Jaan_Tonisson_(Lasteleht), lk 98
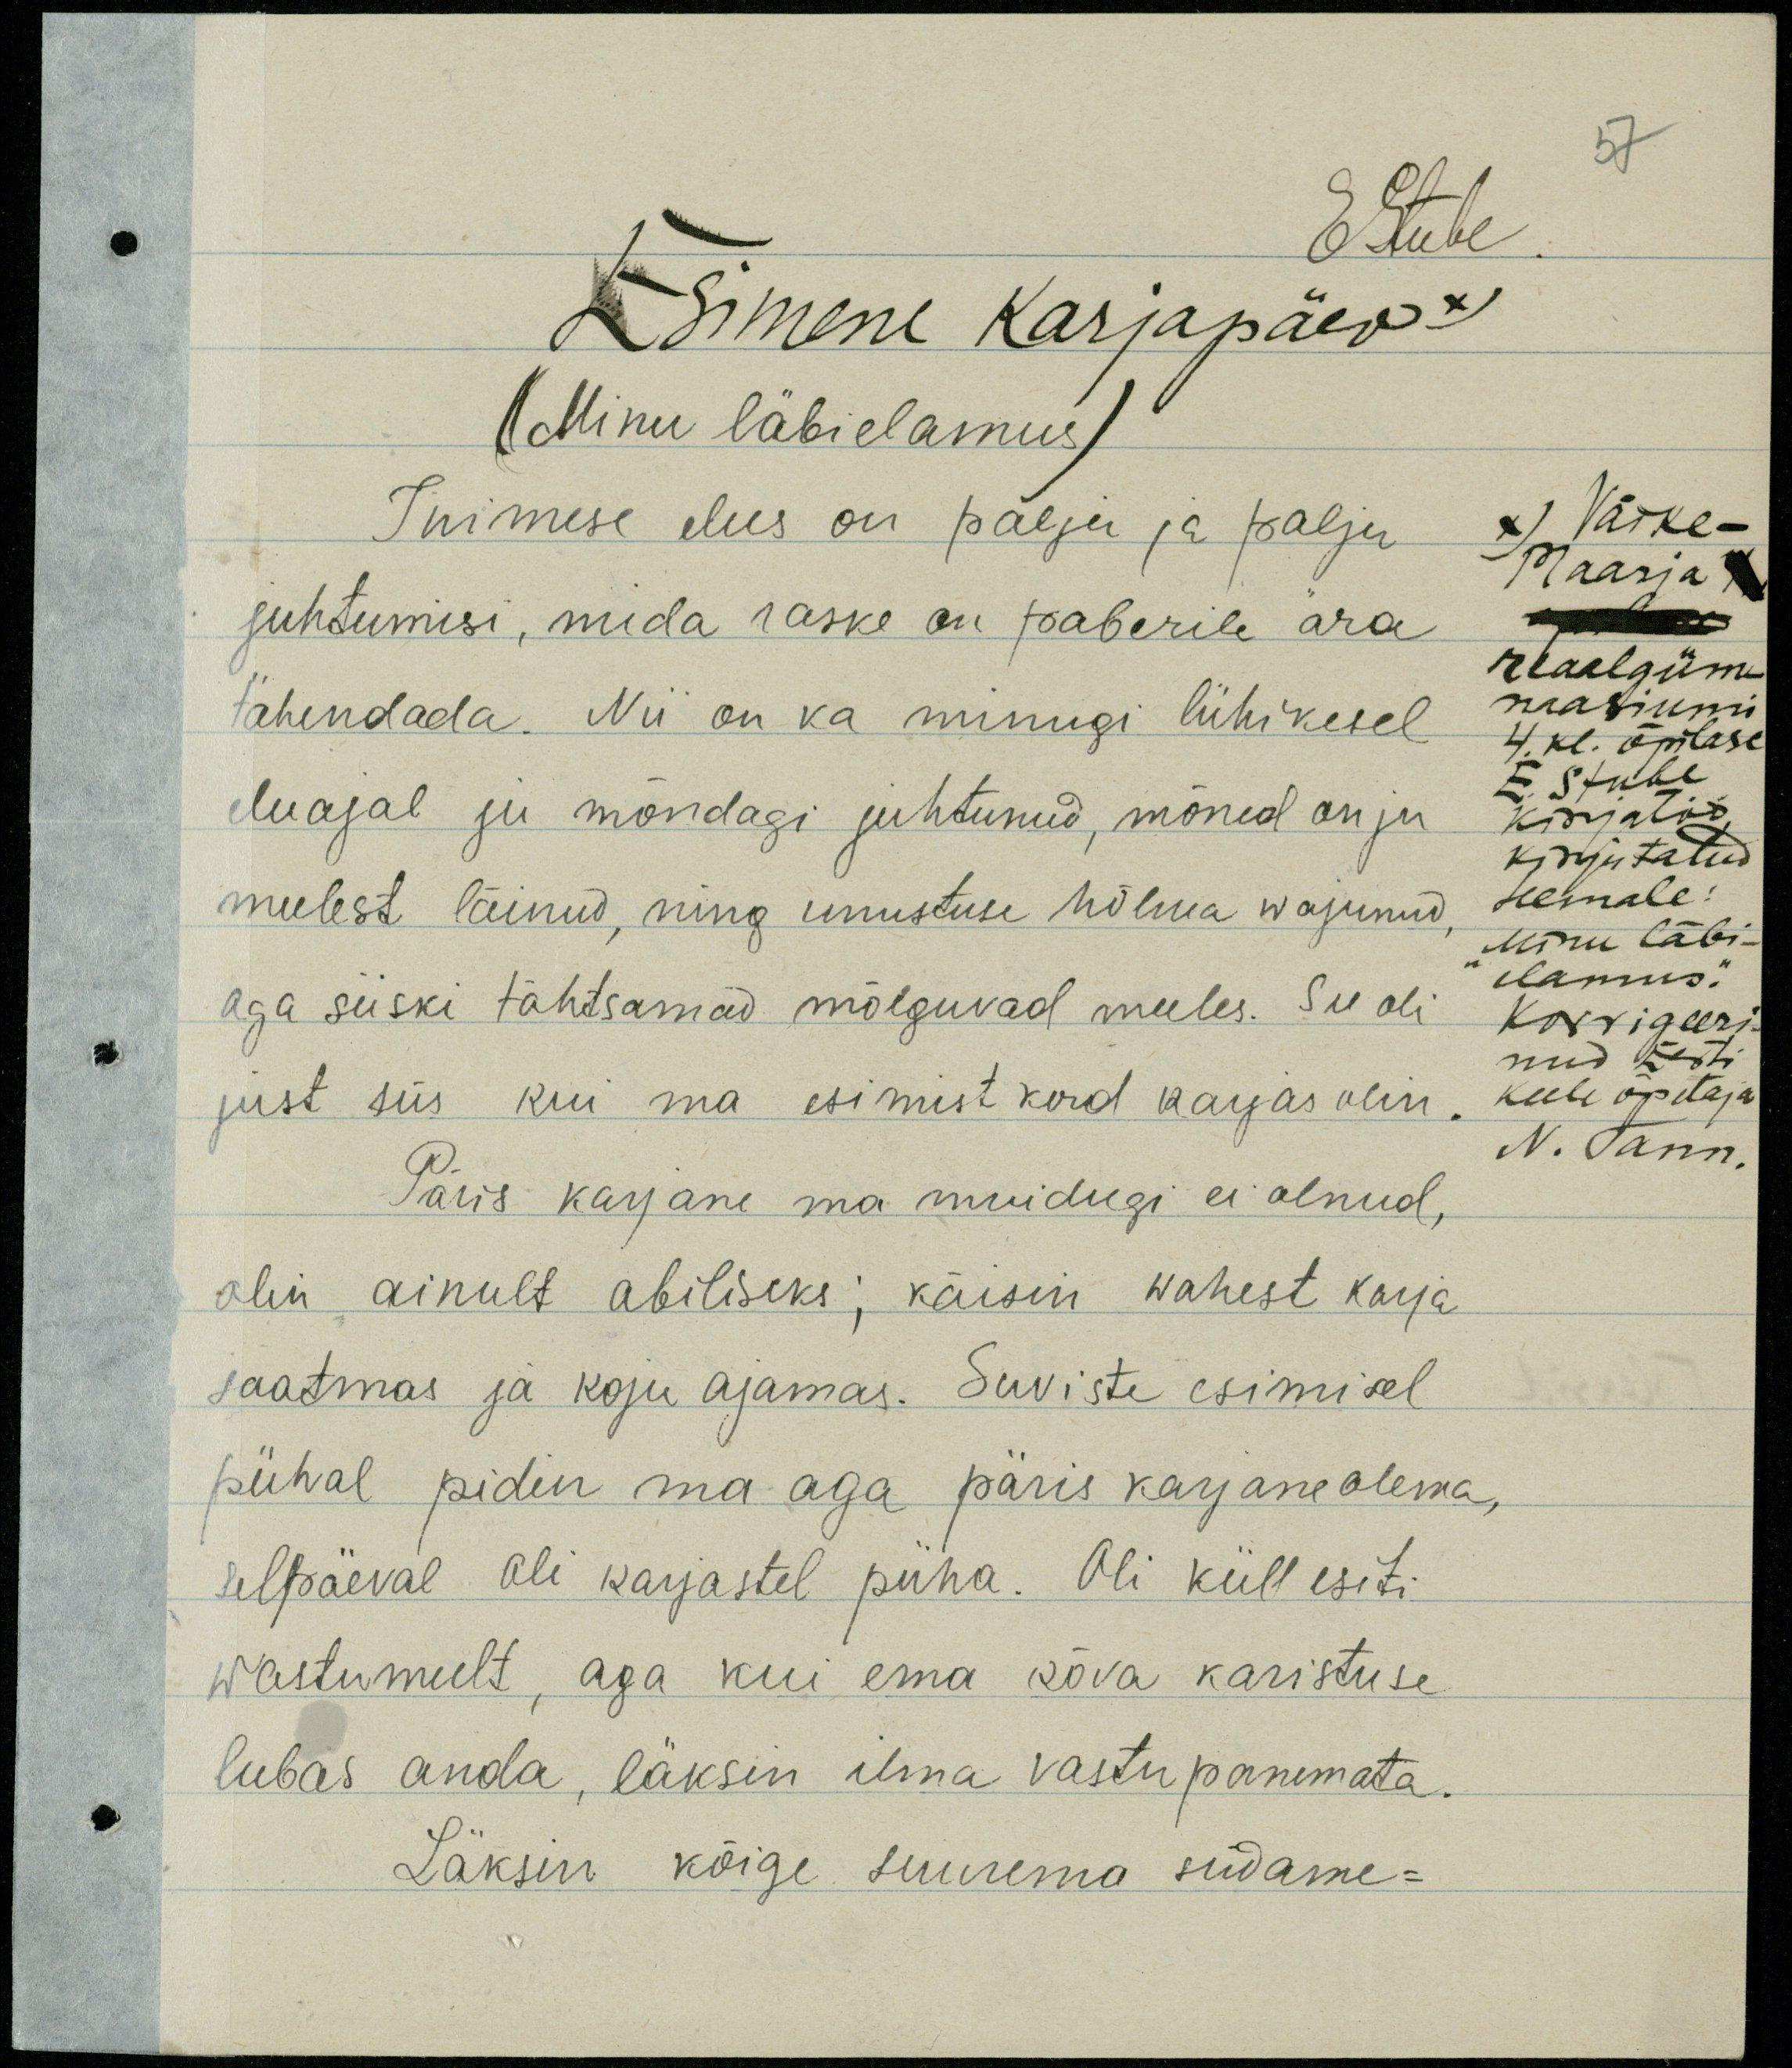
EStube
Esimene Karjapäev x
(Minu läbi elamus)
Inimese elus on palju ja palju
juhtumisi, mida raske on paberile ära
tähendada. Nii on ka minugi lühikesel
eluajal ju mõndagi juhtunud, mõned on ju
meelest läinud, ning unustuse hõlma wajunud
aga siiski tähtsamad mõlguvad meeles. See oli
just siis kui ma esimist kord karjas olin.
Päris karjane ma muidugi ei olnud,
olin ainult abiliseks, käisin wahest karja
saatmas ja koju ajamas. Suviste esimisel
pühal pidin ma aga päris karjane olema,
selpäeval oli karjastel püha. Oli küll esiti
wastumeelt, aga kui ema kõva karistuse
lubas anda, läksin ilma vastu panemata.
Läksin kõige suurema südame-

57
x) Väike-
Maarja
reaalgüm-
naasiumi
4. kl. õpilase
E. Stube
kirjatöö
kirjutatud
teemale:
Minu läbi-
elamus."
Korrigeeri
nud Eesti
keele õpetaja
N. Tann.